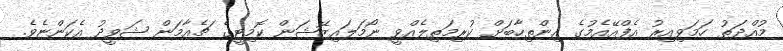
މުއްދަތު ހަމަވިއިރު އެފްއޭއެމުގެ އިންތިހާބަށް ކުރިމަތިލެއްވީ ނޯމަލައިޒޭޝަން ކޮމިޓީގެ ޗެއާމަން ޝަވީދު އެކަންޏެވެ.